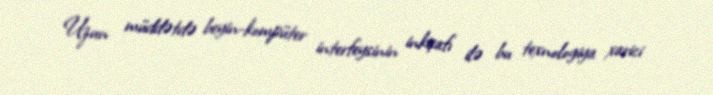
Uzun müddətdə beyin-kompüter interfeysinin inkişafı ilə bu texnologiya xarici